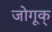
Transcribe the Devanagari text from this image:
जोगूक्